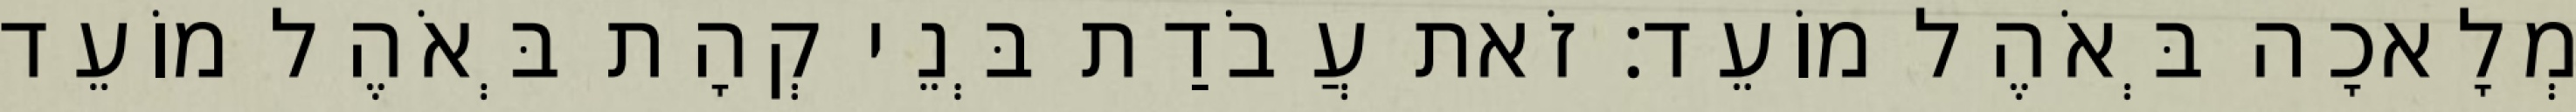
מְלָאכָה בְּאֹהֶל מוֹעֵד׃ זֹאת עֲבֹדַת בְּנֵי קְהָת בְּאֹהֶל מוֹעֵד